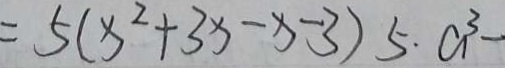
= 5 ( x ^ { 2 } + 3 x - x - 3 ) 5 \cdot a ^ { 3 } -